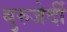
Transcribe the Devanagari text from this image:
बुरुजेर्दी